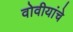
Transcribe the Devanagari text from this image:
वोवीयांचे